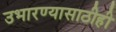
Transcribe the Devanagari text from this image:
उभारण्यासाठीही